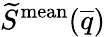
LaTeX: \widetilde{S}^{\mathrm{mean}}(\overline{{q}})